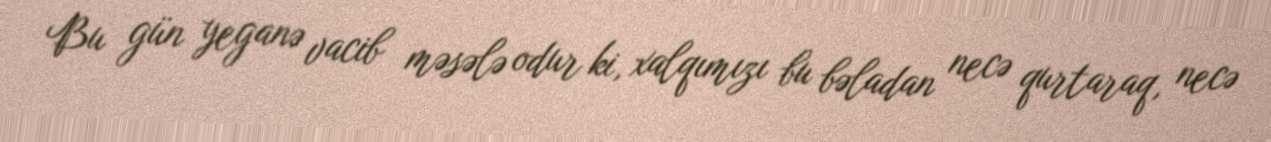
Bu gün yeganə vacib məsələ odur ki, xalqımızı bu bəladan necə qurtaraq, necə